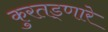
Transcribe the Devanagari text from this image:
कुरतड्णारे